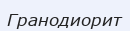
Гранодиорит